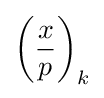
\left({\frac {x}{p}}\right)_{k}